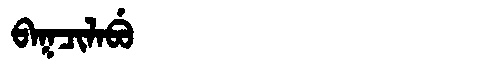
Manchu: ᠪᠠᡴᠴᡳᠯᠠᠪᡠ
Romanization: BAKCILABU